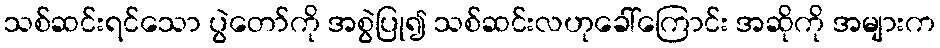
သစ်ဆင်းရင်သော ပွဲတော်ကို အစွဲပြု၍ သစ်ဆင်းလဟုခေါ်ကြောင်း အဆိုကို အများက